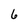
Character: 6